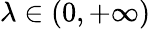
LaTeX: \lambda\in(0,+\infty)